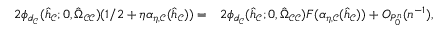
\begin{array} { r } { \begin{array} { r l } { 2 \phi _ { d _ { \mathcal { C } } } ( \hat { h } _ { \mathcal { C } } ; 0 , \hat { \Omega } _ { \mathcal { C } \mathcal { C } } ) ( 1 / 2 + \eta \alpha _ { \eta , \mathcal { C } } ( \hat { h } _ { \mathcal { C } } ) ) = } & { 2 \phi _ { d _ { \mathcal { C } } } ( \hat { h } _ { \mathcal { C } } ; 0 , \hat { \Omega } _ { \mathcal { C } \mathcal { C } } ) F ( \alpha _ { \eta , \mathcal { C } } ( \hat { h } _ { \mathcal { C } } ) ) + O _ { P _ { 0 } ^ { n } } ( n ^ { - 1 } ) , } \end{array} } \end{array}